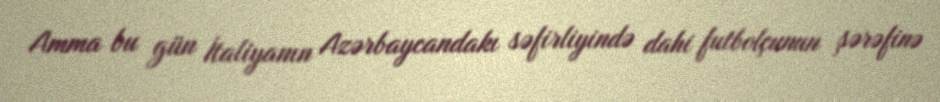
Amma bu gün İtaliyanın Azərbaycandakı səfirliyində dahi futbolçunun şərəfinə